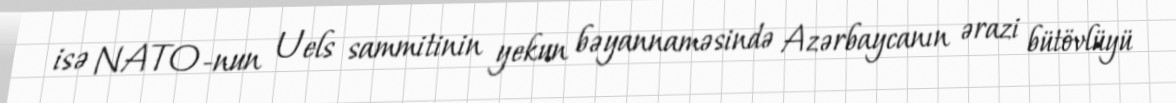
isə NATO-nun Uels sammitinin yekun bəyannaməsində Azərbaycanın ərazi bütövlüyü